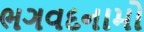
ભગવદનામો